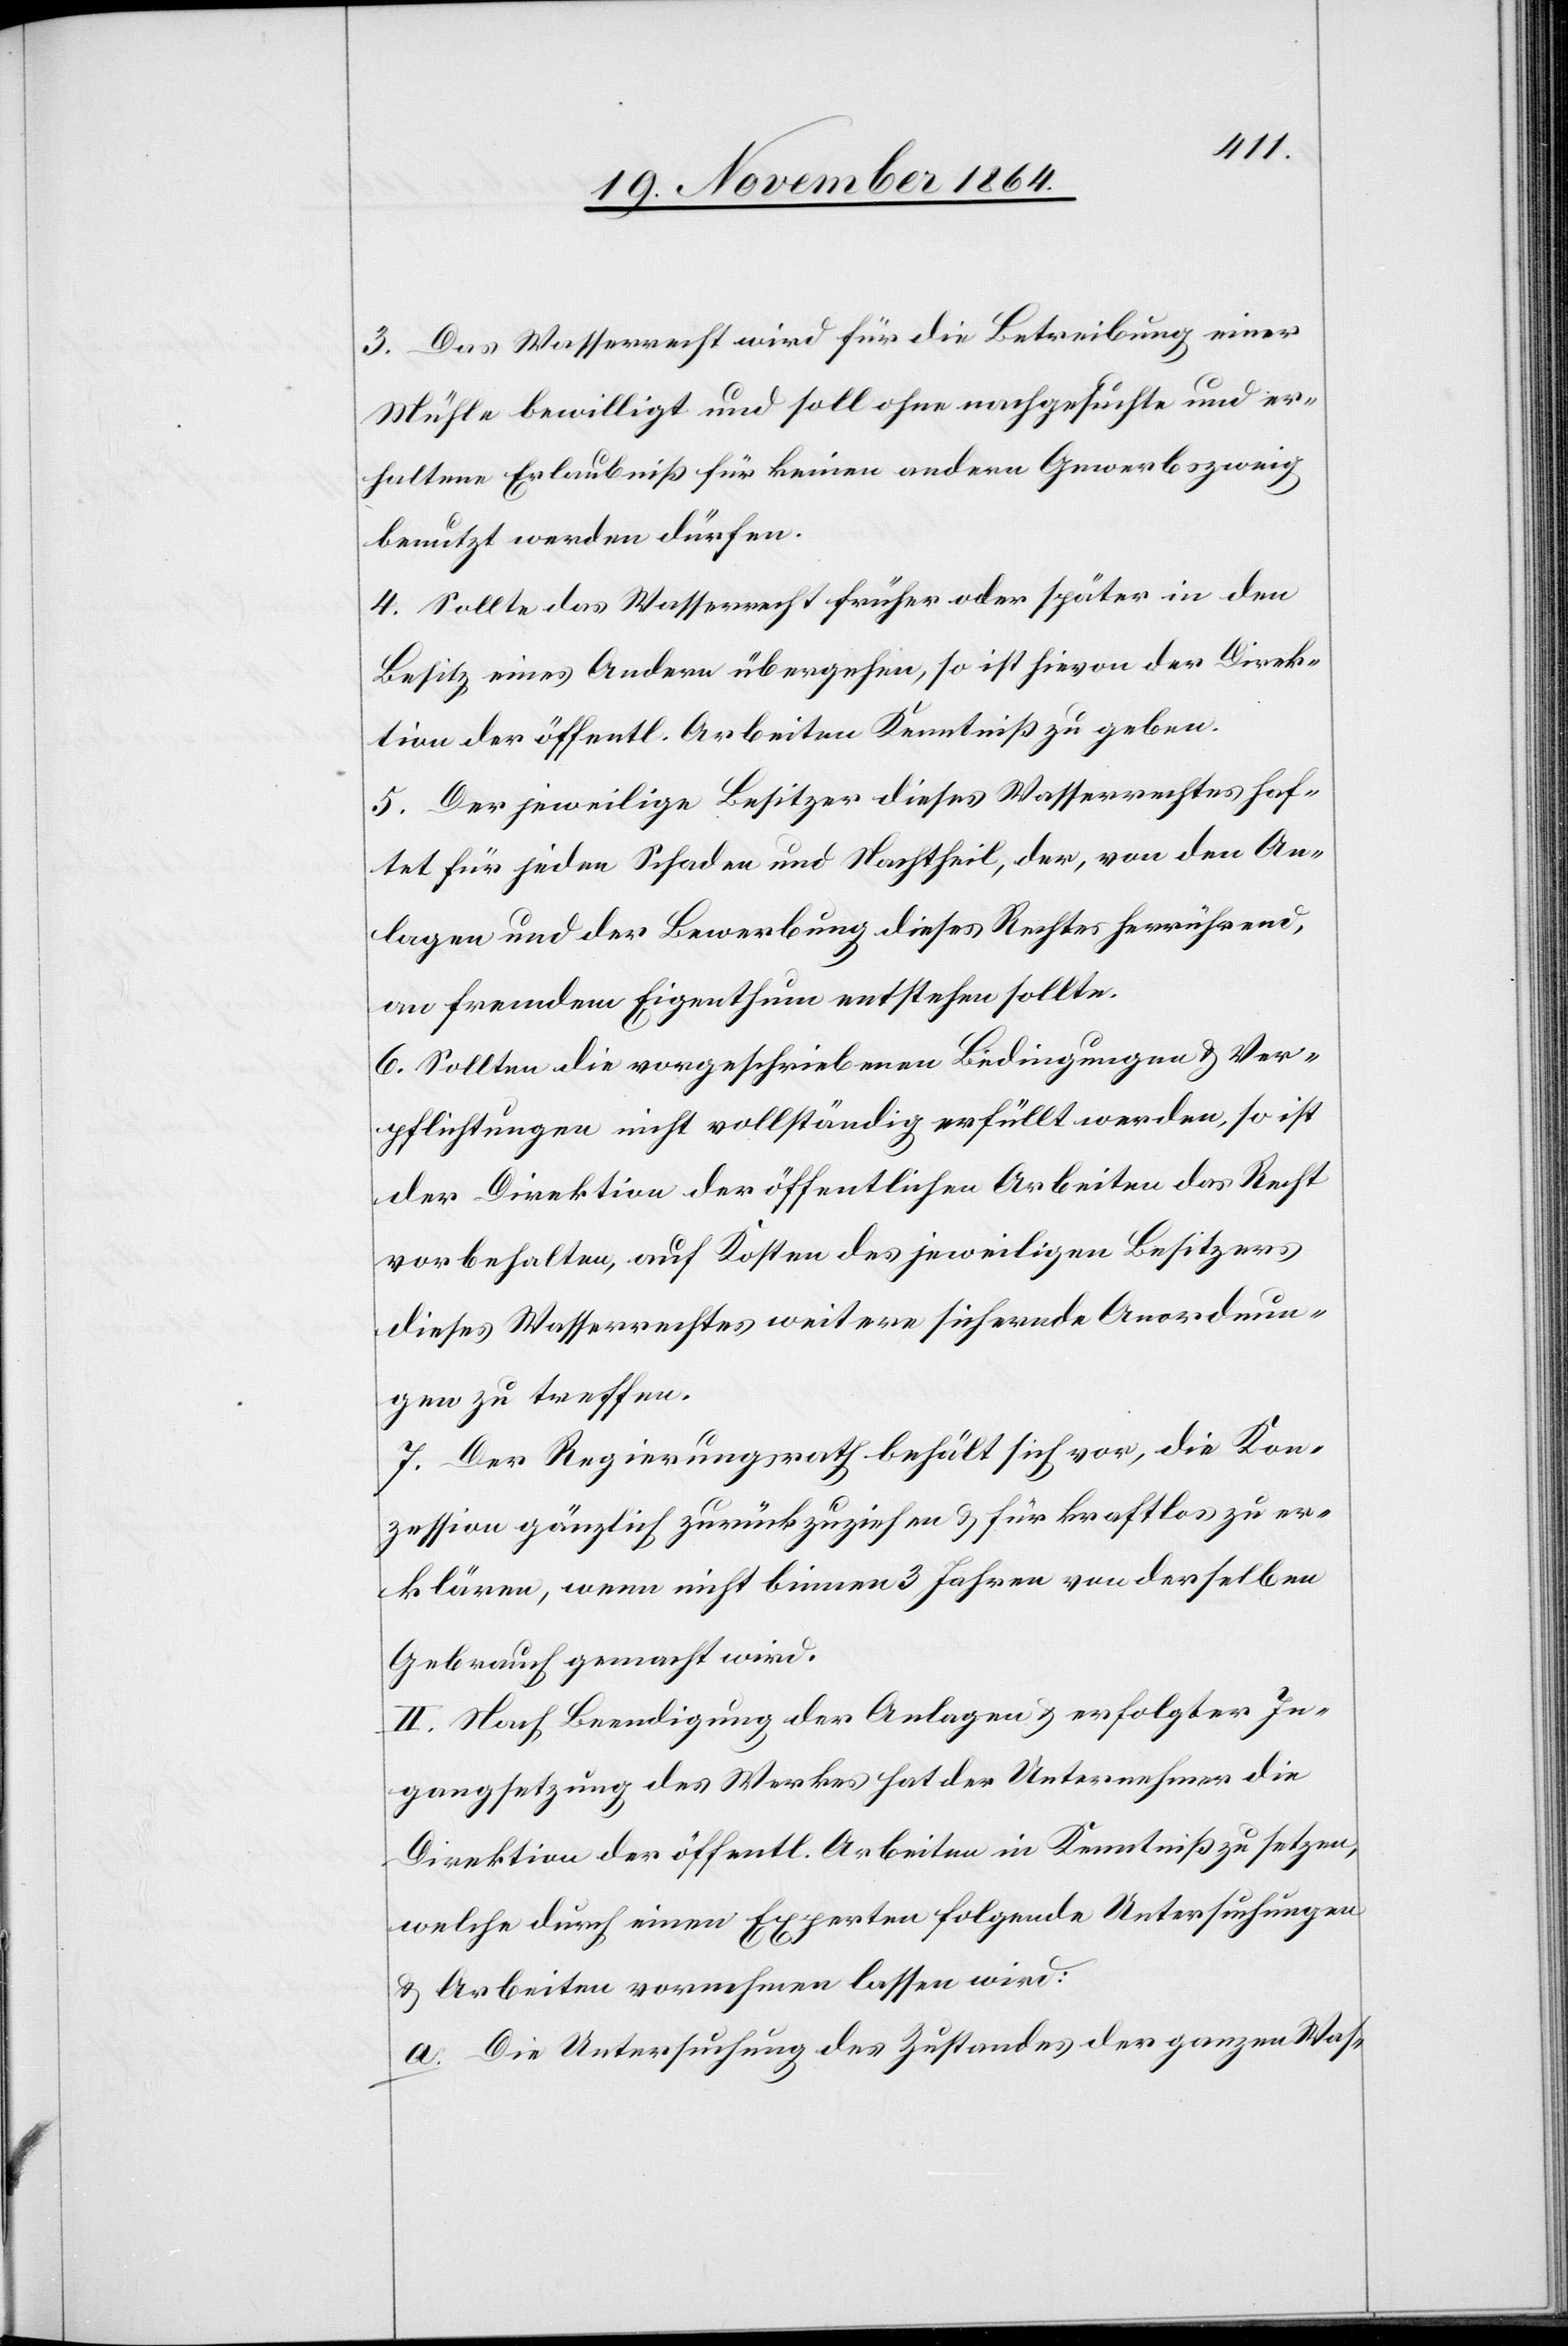
3. Das Wasserrecht wird für die Betreibung einer
Mühle bewilligt und soll ohne nachgesuchte und er¬
haltene Erlaubniß für keinen andern Gewerbszweig
benutzt werden dürfen.
4. Sollte das Wasserrecht früher oder später in den
Besitz eines Andern übergehen, so ist hievon der Direk¬
tion der öffentl. Arbeiten Kenntniß zu geben.
5. Der jeweilige Besitzer dieses Wasserrechtes haf¬
tet für jeden Schaden und Nachtheil, der, von den An¬
lagen und der Bewerbung dieses Rechtes herrührend,
an fremdem Eigenthum entstehen sollte.
6. Sollten die vorgeschriebenen Bedingungen & Ver¬
pflichtungen nicht vollständig erfüllt werden, so ist
der Direktion der öffentlichen Arbeiten das Recht
vorbehalten, auf Kosten des jeweiligen Besitzers
dieses Wasserrechtes weitere sichernde Anordnun¬
gen zu treffen.
7. Der Regierungsrath behält sich vor, die Kon¬
zession gänzlich zurückzuziehen & für kraftlos zu er¬
klären, wenn nicht binnen 3 Jahren von derselben
Gebrauch gemacht wird.
II. Nach Beendigung der Anlagen & erfolgter In¬
gangsetzung des Werkes hat der Unternehmer die
Direktion der öffentl. Arbeiten in Kenntniß zu setzen,
welche durch einen Experten folgende Untersuchungen
& Arbeiten vornehmen lassen wird:
a. Die Untersuchung des Zustandes der ganzen Was-